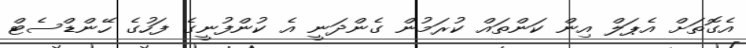
އެގޮތަށް އެޕަލް އިން ކަންތައް ކުރަމުން ގެންދަނީ އެ ކުންފުނީގެ ފަހުގެ ހޭންޑްސެޓް